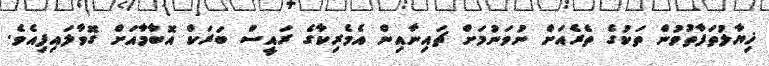
ޚިޔާލުތަފާތުވުން ތަކުގެ ތެރެއަށް ނުވަނުމަށް ޗައިނާއިން އެމެރިކާގެ ރައީސް ބަރަކް އޮބާމާއަށް ގޮވާލައިފިއެވެ.